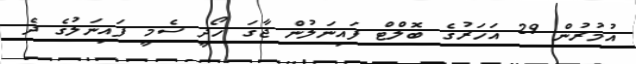
އުމުރުން 29 އަހަރުގެ ބޮލްޓް ފައިނަލުން ޖާގަ ހޯދީ ސެމީ ފައިނަލުގެ ދެ